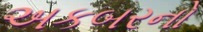
અકબરનો